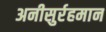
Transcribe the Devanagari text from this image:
अनीसुर्रहमान